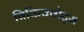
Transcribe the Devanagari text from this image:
विकिक्वोट्स